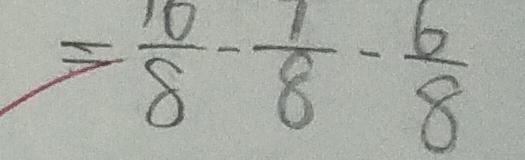
= \frac { 1 0 } { 8 } - \frac { 1 } { 8 } - \frac { 6 } { 8 }